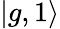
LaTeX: |g,1\rangle